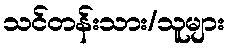
သင်တန်းသား/သူများ